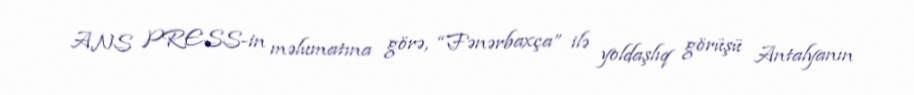
ANS PRESS-in məlumatına görə, “Fənərbaxça” ilə yoldaşlıq görüşü Antalyanın